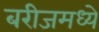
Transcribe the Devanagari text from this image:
बरीजमध्ये